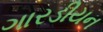
ગારડીયન